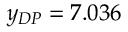
y _ { D P } = 7 . 0 3 6